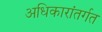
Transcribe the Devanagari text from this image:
अधिकारांतर्गत